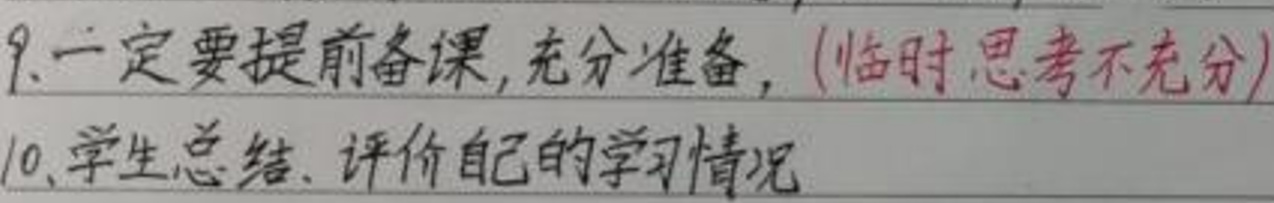
9. 一定要提前备课, 充分准备, (临时思考不充分)
10. 学生总结、评价自己的学习情况